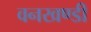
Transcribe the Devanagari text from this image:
वनखण्डी